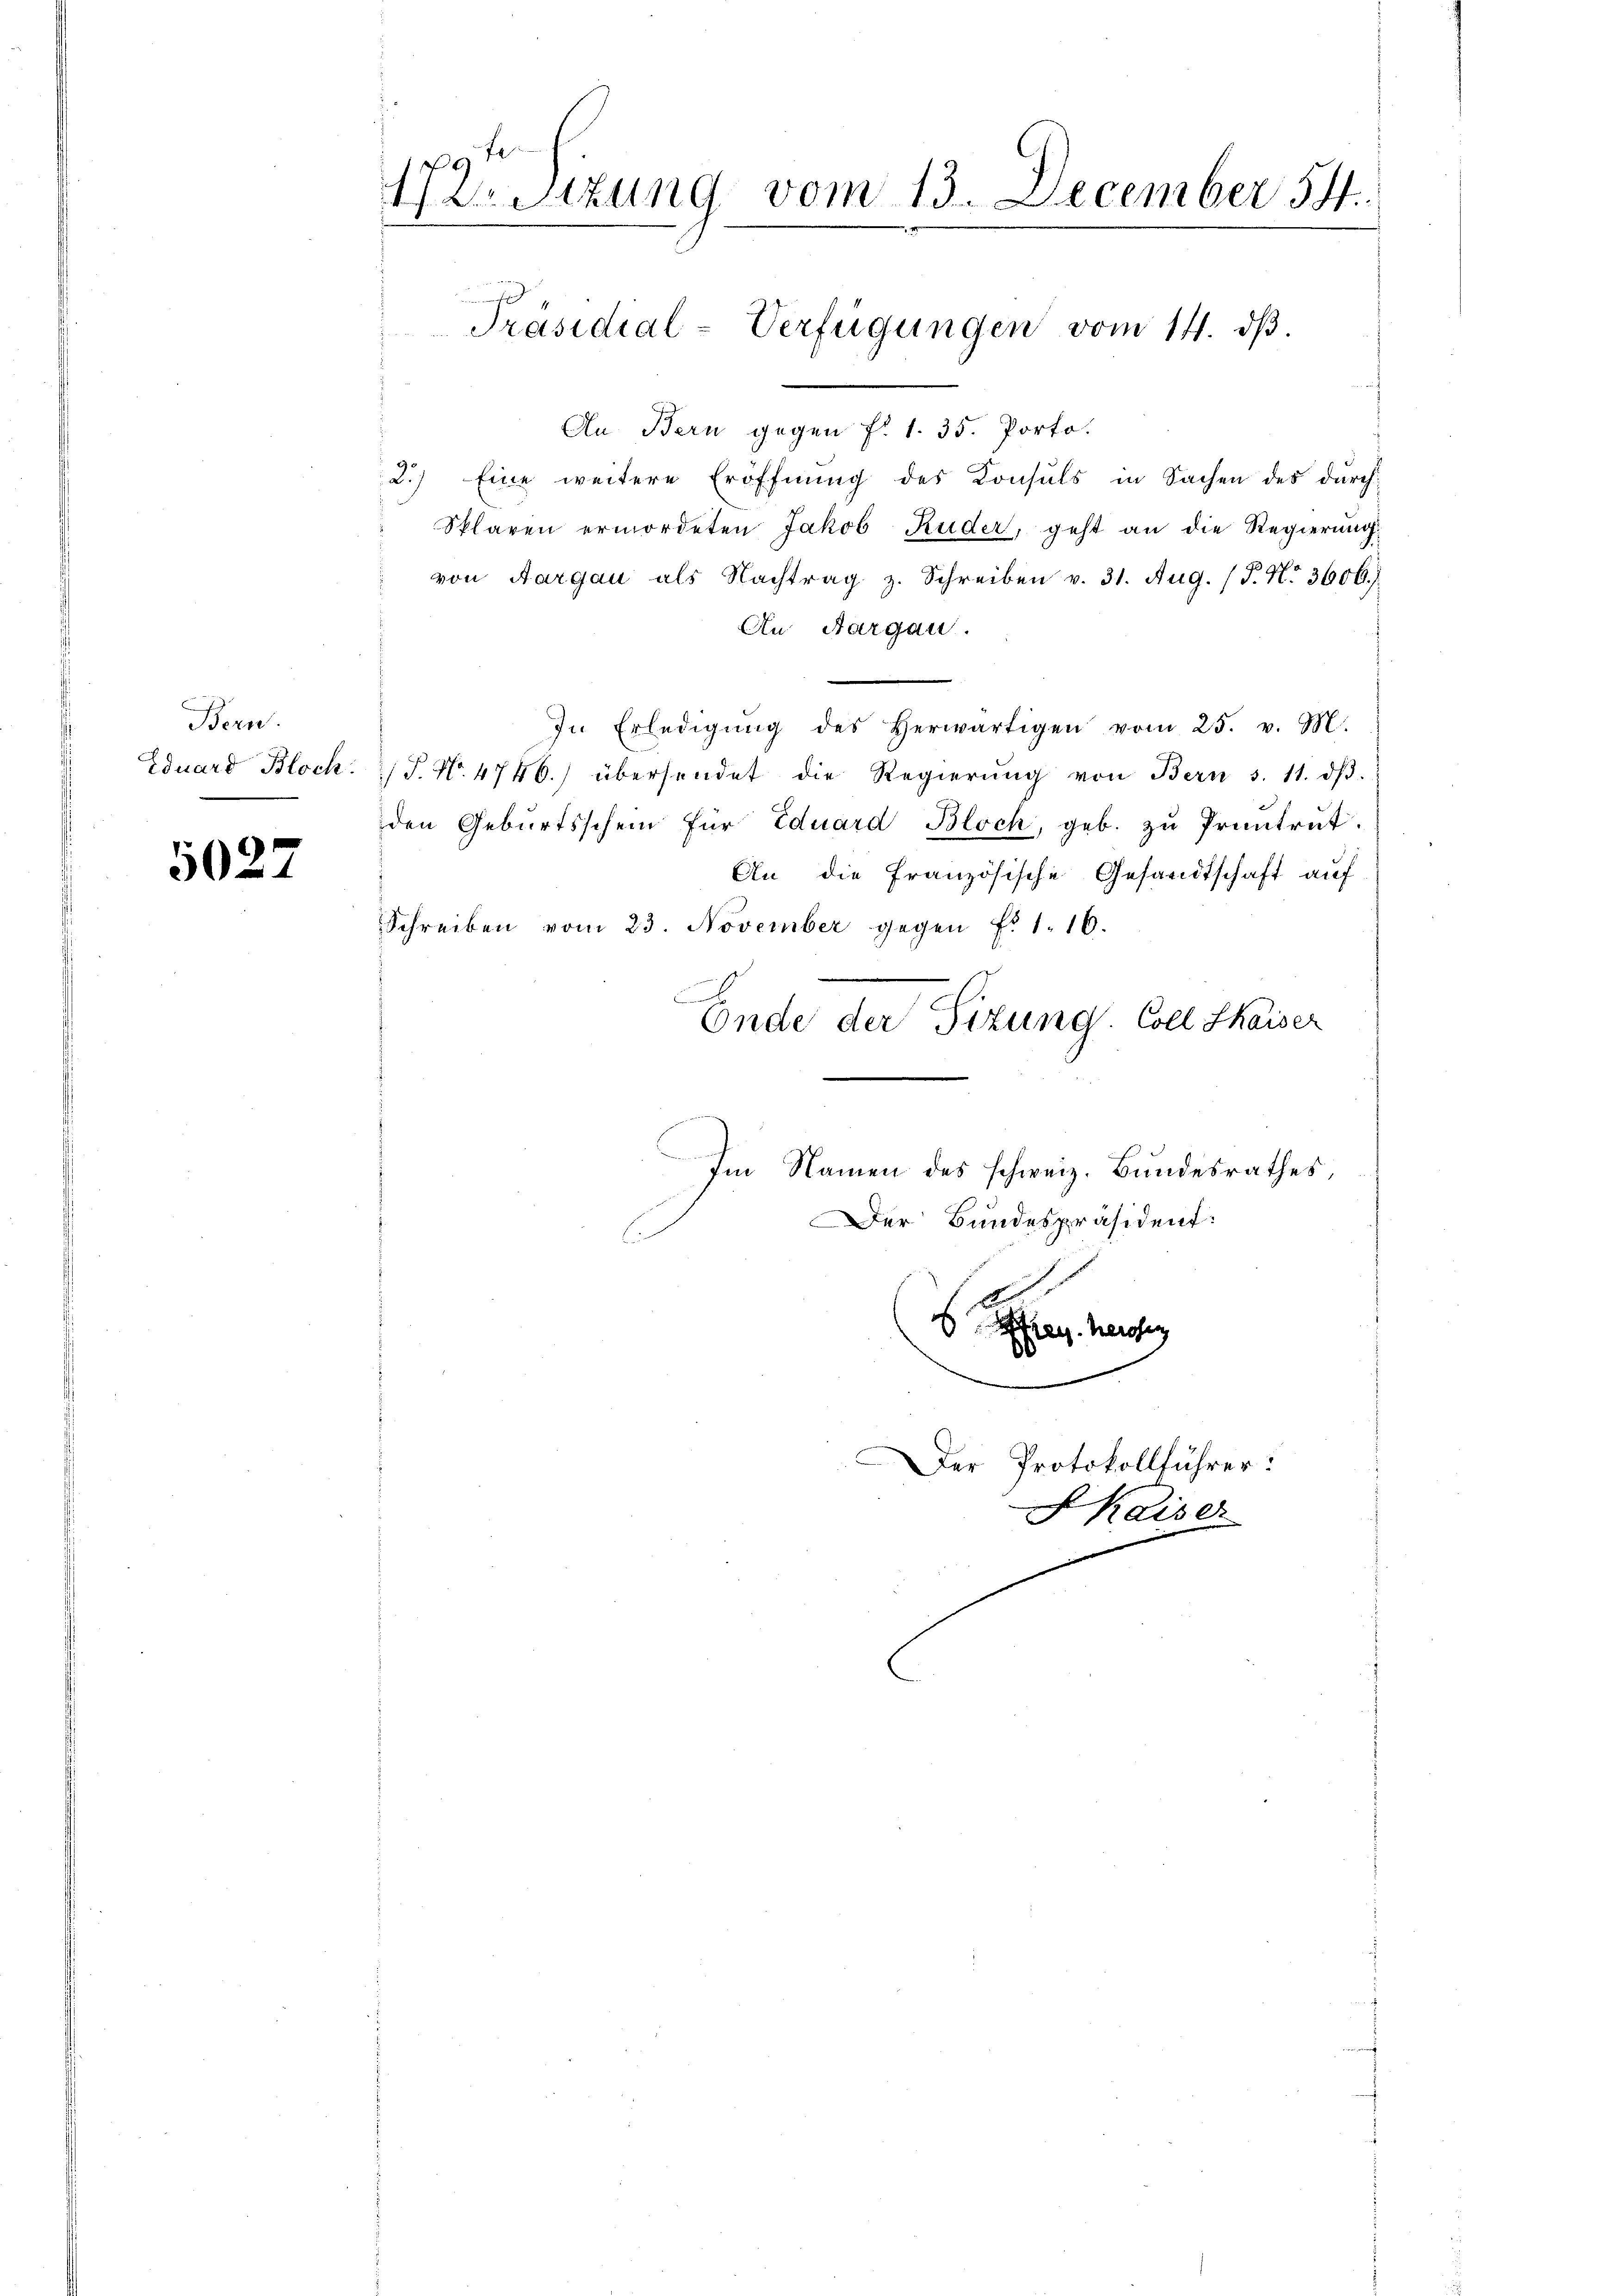
Bern.
Eduard Bloch.

5027

172. Sitzung vom 13. December 54.
.
Präsidial-Verfügungen vom 14. dβ.

An Bern gegen f. 1. 35. Porto.
2.) Eine weitere Eröffnŭng des Konsuls in Sachen des dŭrch-
Splaren ermordeten Jakob Ruder, geht an die Regierung:
7
von Aargau als Nachtrag z. Schreiben v. 31. Aug. 15. No 3606.)
An Aargau.
In Erledigŭng des herwärtigen vom 25. v. M.
/J. No. 4746.) übersendet die Regierŭng von Bern 3. 11. dβ.
den Geburtsschein für Eduard Bloch, geb. zŭ Pruntrut.
An die Französische Gesandtschaft auf
Schreiben vom 23. November gegen f. 1. 16.
Ende der Sizung. Coll thaiser
Im Namen des schweiz. Bundesrathes,
Der Bundespräsident:
S. Man hausen
Der Protokollführer:

KKaiser